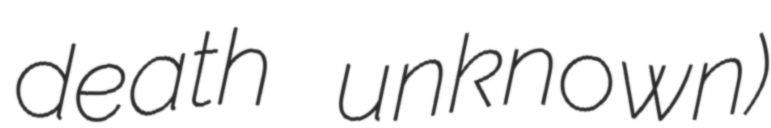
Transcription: death unknown)